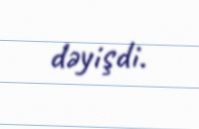
dəyişdi.